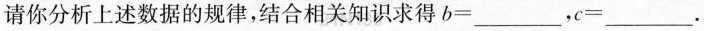
请你分析上述数据的规律，结合相关知识求得b=___，c=___.